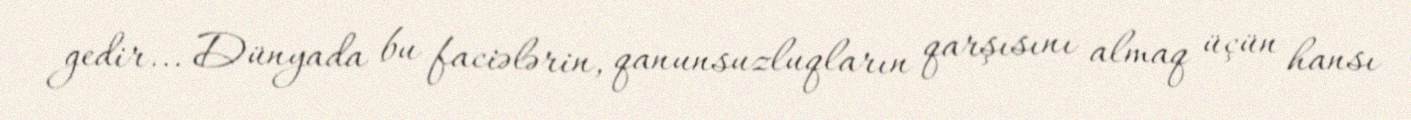
gedir... Dünyada bu faciələrin, qanunsuzluqların qarşısını almaq üçün hansı